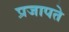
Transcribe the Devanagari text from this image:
प्रजापते